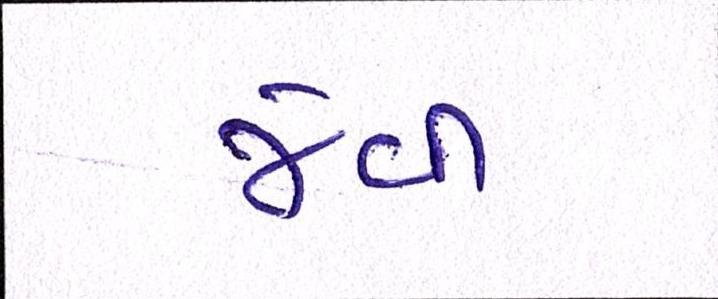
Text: જેવી